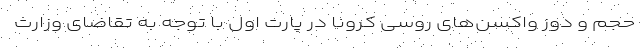
حجم و دوز واکسن‌های روسی کرونا در پارت اول با توجه به تقاضای وزارت